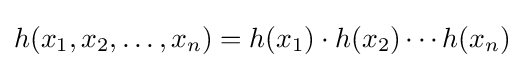
h(x_{1},x_{2},\ldots ,x_{n})=h(x_{1})\cdot h(x_{2})\cdots h(x_{n})